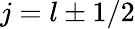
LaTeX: j=l\pm 1/2